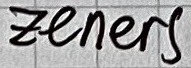
Text: Zeners